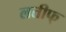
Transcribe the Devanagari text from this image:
लतीफ्